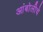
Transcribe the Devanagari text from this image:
आंबोलीचे